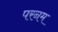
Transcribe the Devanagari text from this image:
परनम